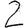
Digit: 2